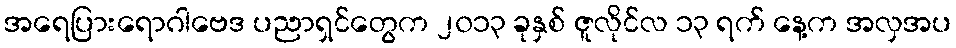
အရေပြားရောဂါဗေဒ ပညာရှင်တွေက ၂၀၁၃ ခုနှစ် ဇူလိုင်လ ၁၃ ရက် နေ့က အလှအပ